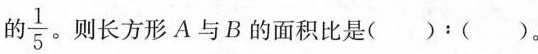
\frac{1}{5}。则长方形A与B的面积比是$$( ) ：( )$$。